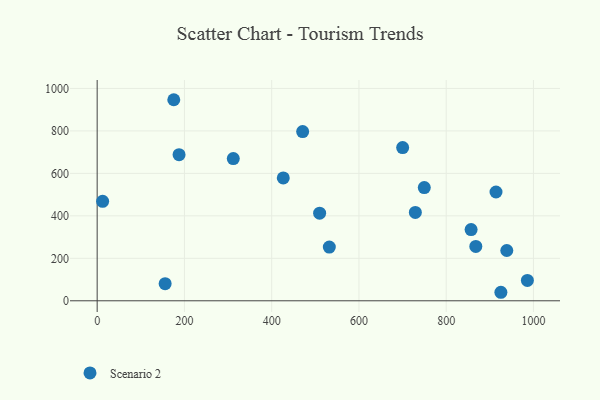
{"axis": {"x": "Investment", "y": "Profit"}, "legend": ["Scenario 2"], "data": [{"x": "729.3", "y": 415.9, "type": "Scenario 2"}, {"x": "914.2", "y": 512.4, "type": "Scenario 2"}, {"x": "925.4", "y": 40.1, "type": "Scenario 2"}, {"x": "312.0", "y": 669.8, "type": "Scenario 2"}, {"x": "471.0", "y": 796.9, "type": "Scenario 2"}, {"x": "532.1", "y": 252.8, "type": "Scenario 2"}, {"x": "426.6", "y": 578.7, "type": "Scenario 2"}, {"x": "509.9", "y": 412.5, "type": "Scenario 2"}, {"x": "986.1", "y": 95.8, "type": "Scenario 2"}, {"x": "155.8", "y": 80.7, "type": "Scenario 2"}, {"x": "12.5", "y": 468.6, "type": "Scenario 2"}, {"x": "938.9", "y": 236.8, "type": "Scenario 2"}, {"x": "749.8", "y": 532.9, "type": "Scenario 2"}, {"x": "857.1", "y": 335.5, "type": "Scenario 2"}, {"x": "175.6", "y": 946.8, "type": "Scenario 2"}, {"x": "187.7", "y": 688.1, "type": "Scenario 2"}, {"x": "700.2", "y": 721.7, "type": "Scenario 2"}, {"x": "867.9", "y": 256.0, "type": "Scenario 2"}]}